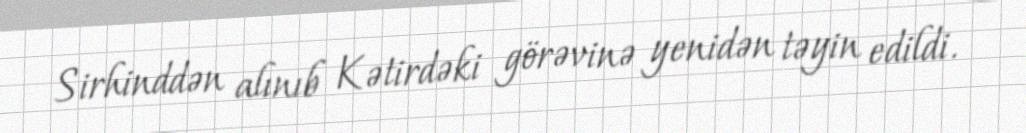
Sirhinddən alınıb Kətirdəki görəvinə yenidən təyin edildi.